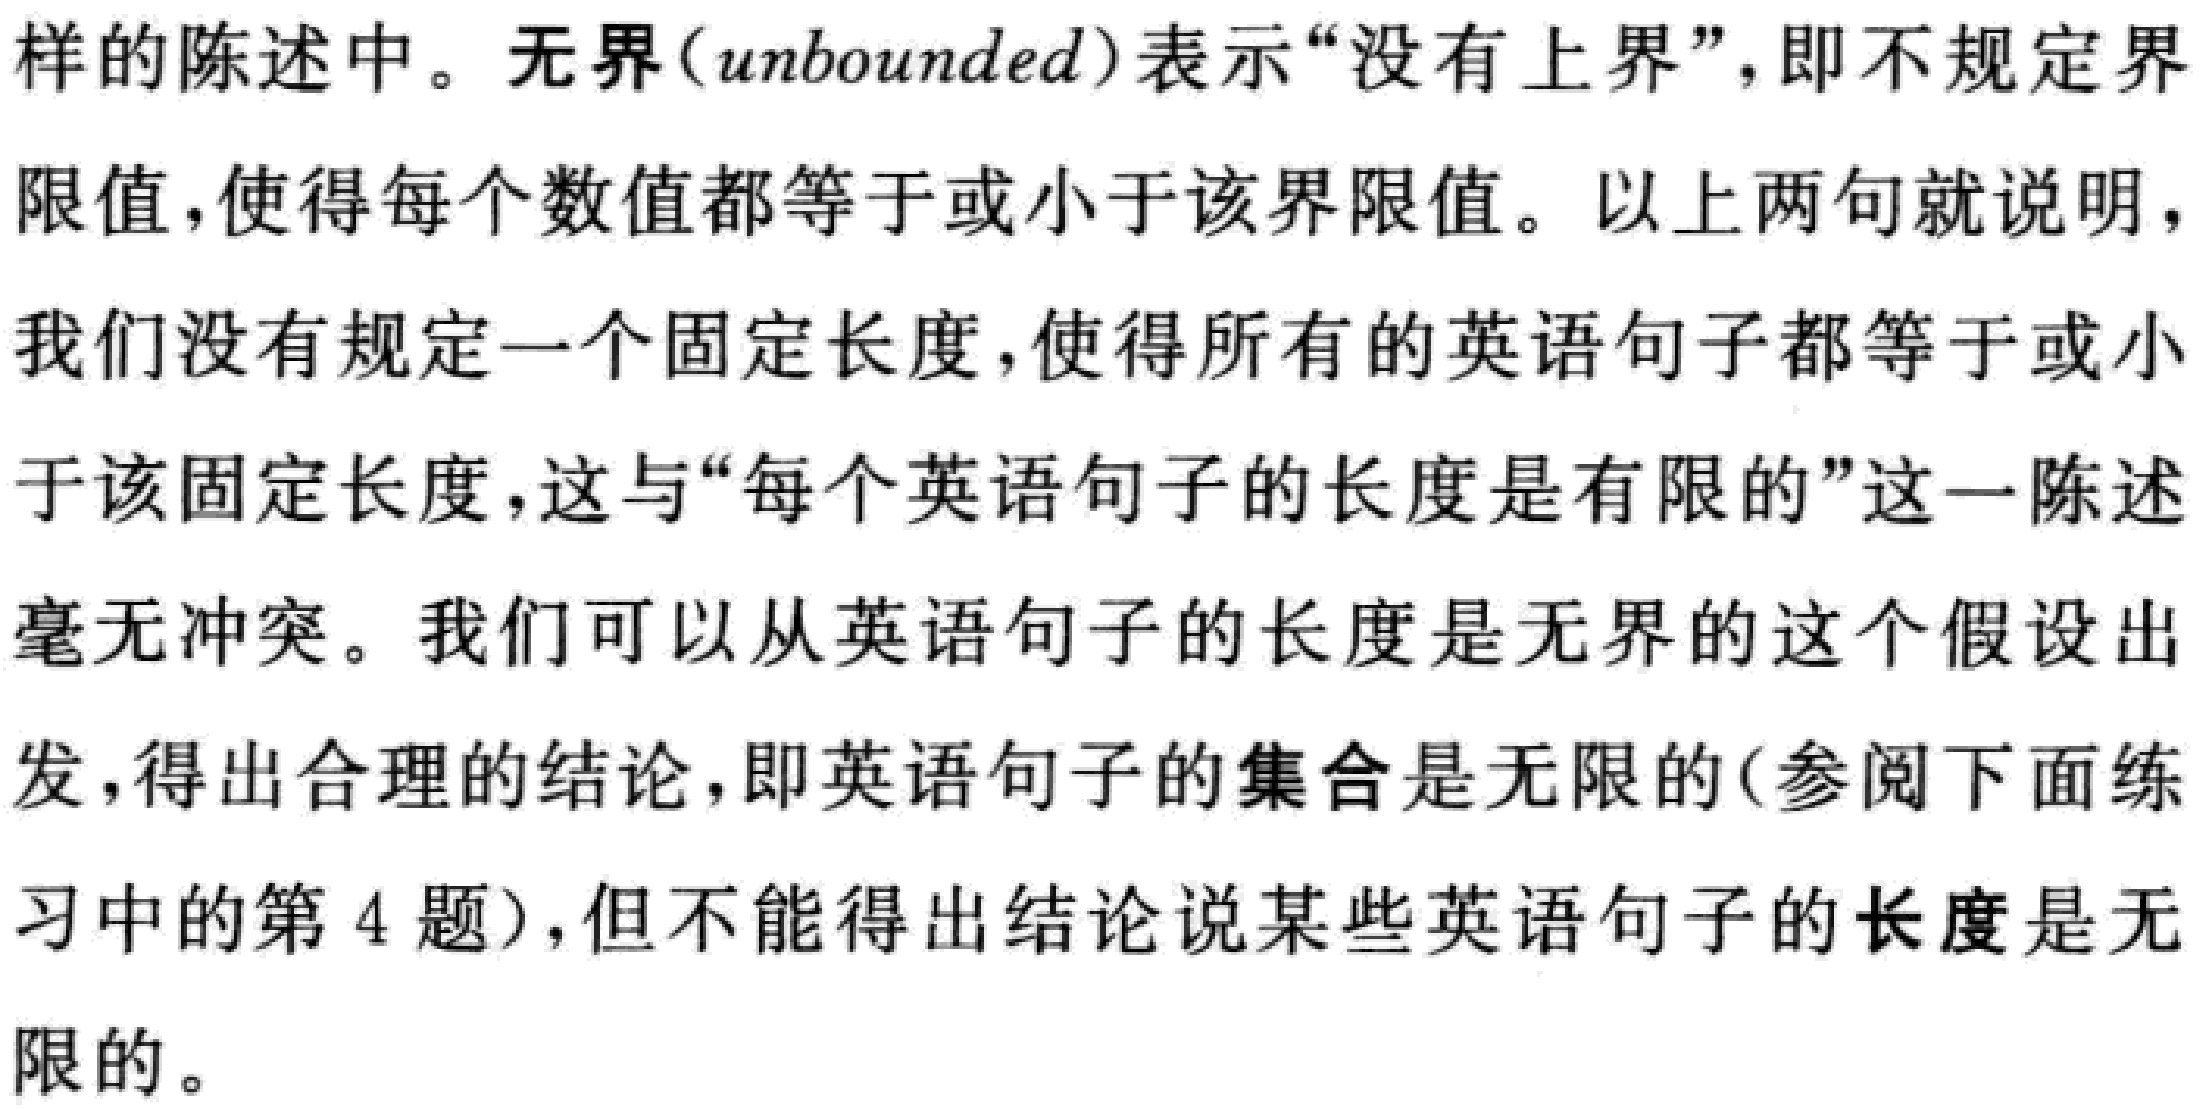
样的陈述中。无界(unbounded)表示“没有上界”，即不规定界
限值，使得每个数值都等于或小于该界限值。以上两句就说明，
我们没有规定一个固定长度，使得所有的英语句子都等于或小
于该固定长度，这与“每个英语句子的长度是有限的”这一陈述
毫无冲突。我们可以从英语句子的长度是无界的这个假设出
发，得出合理的结论，即英语句子的集合是无限的(参阅下面练
习中的第4题)，但不能得出结论说某些英语句子的长度是无
限的。